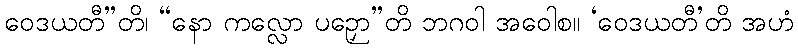
ဝေဒယတီ”တိ၊ “နော ကလ္လော ပဉှော”တိ ဘဂဝါ အဝေါစ။ ‘ဝေဒယတီ’တိ အဟံ